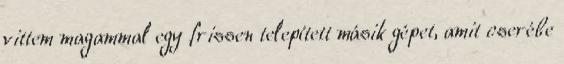
vittem magammal egy frissen telepített másik gépet, amit cserébe